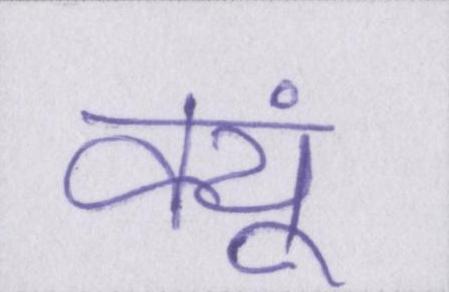
क्यूं